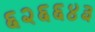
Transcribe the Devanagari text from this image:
६२६६४३